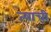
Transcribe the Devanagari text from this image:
त्‍याची